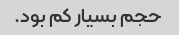
حجم بسیار کم بود.